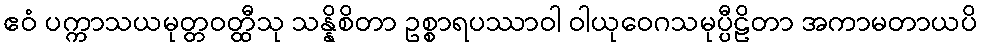
ဧဝံ ပက္ကာသယမုတ္တဝတ္ထီသု သန္နိစိတာ ဥစ္စာရပဿာဝါ ဝါယုဝေဂသမုပ္ပီဠိတာ အကာမတာယပိ